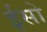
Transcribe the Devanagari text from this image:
ईसो